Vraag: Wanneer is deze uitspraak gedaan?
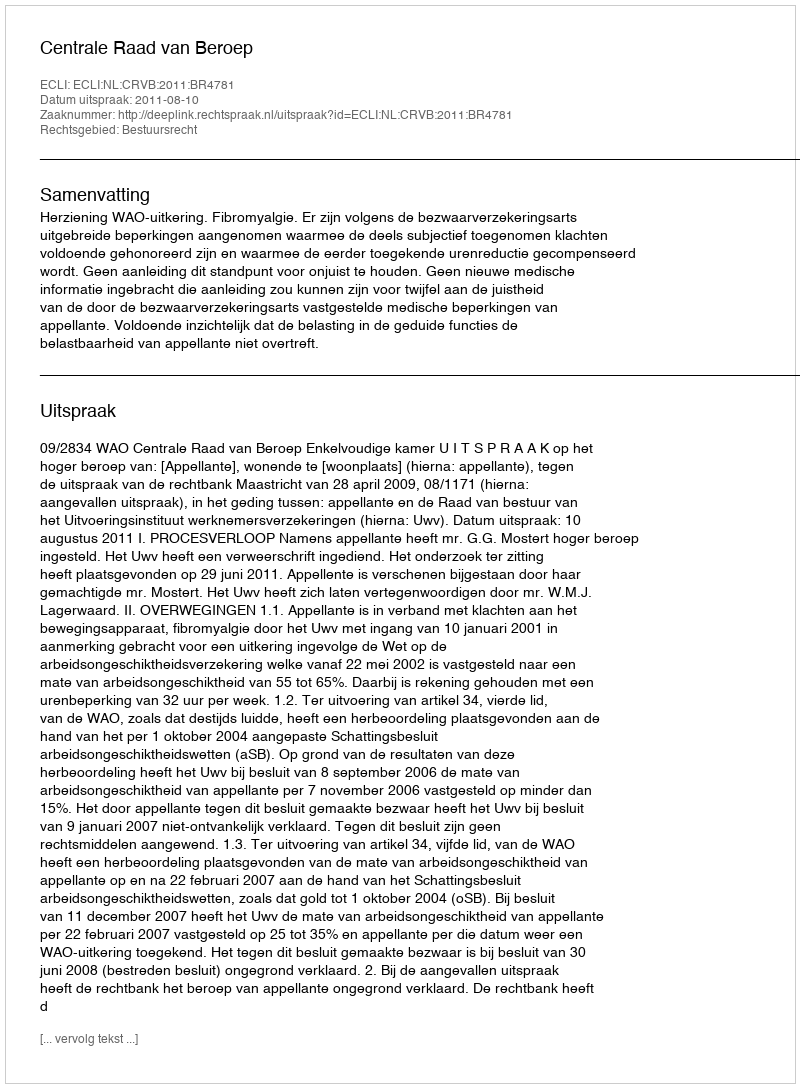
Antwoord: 2011-08-10